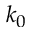
k _ { 0 }